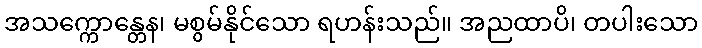
အသက္ကောန္တေန၊ မစွမ်နိုင်သော ရဟန်းသည်။ အညထာပိ၊ တပါးသော